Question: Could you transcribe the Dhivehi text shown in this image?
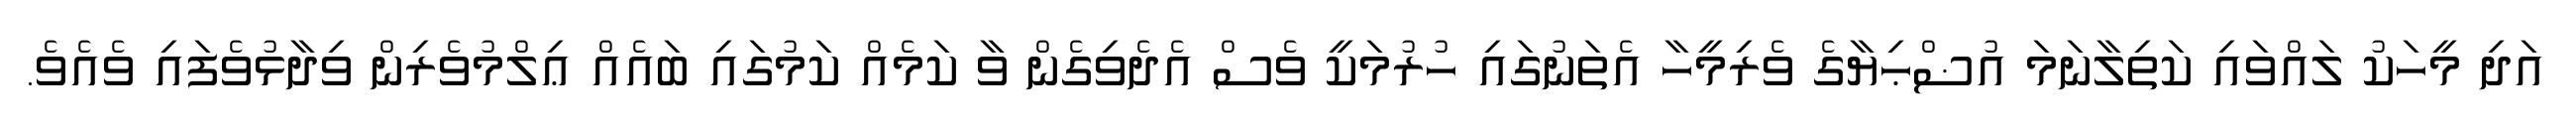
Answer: އަދި މީހަކު ލައްވައި ކަތިލާނަމަ އުޟްޙިޔާގެ ވެރިމީހާ އެތަނުގައި ހުރުމަކީ ވެސް އެދެވިގެން ވާ ކަމެއް ކަމުގައި ބައެއް ޢިލްމުވެރިން ވިދާޅުވެފައި ވެއެވެ.